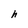
Character: h